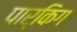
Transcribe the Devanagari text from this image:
पार्किग